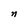
Character: n